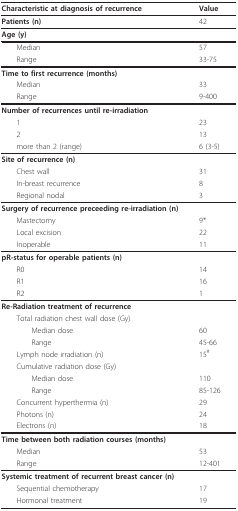
<table><thead><tr><td><b>Characteristic at diagnosis of recurrence</b></td><td><b>Value</b></td></tr></thead><tbody><tr><td><b>Patients (n)</b></td><td>42</td></tr><tr><td><b>Age (y)</b></td><td></td></tr><tr><td> Median</td><td>57</td></tr><tr><td> Range</td><td>33-75</td></tr><tr><td><b>Time to first recurrence (months)</b></td><td></td></tr><tr><td> Median</td><td>33</td></tr><tr><td> Range</td><td>9-400</td></tr><tr><td><b>Number of recurrences until re-irradiation</b></td><td></td></tr><tr><td> 1</td><td>23</td></tr><tr><td> 2</td><td>13</td></tr><tr><td> more than 2 (range)</td><td>6 (3-5)</td></tr><tr><td><b>Site of recurrence (n)</b></td><td></td></tr><tr><td> Chest wall</td><td>31</td></tr><tr><td> In-breast recurrence</td><td>8</td></tr><tr><td> Regional nodal</td><td>3</td></tr><tr><td><b>Surgery of recurrence preceeding re-irradiation (n)</b></td><td></td></tr><tr><td> Mastectomy</td><td>9*</td></tr><tr><td> Local excision</td><td>22</td></tr><tr><td> Inoperable</td><td>11</td></tr><tr><td><b>pR-status for operable patients (n)</b></td><td></td></tr><tr><td> R0</td><td>14</td></tr><tr><td> R1</td><td>16</td></tr><tr><td> R2</td><td>1</td></tr><tr><td><b>Re-Radiation treatment of recurrence</b></td><td></td></tr><tr><td> Total radiation chest wall dose (Gy)</td><td></td></tr><tr><td>Median dose</td><td>60</td></tr><tr><td>Range</td><td>45-66</td></tr><tr><td> Lymph node irradiation (n)</td><td>15<sup>#</sup></td></tr><tr><td> Cumulative radiation dose (Gy)</td><td></td></tr><tr><td>Median dose</td><td>110</td></tr><tr><td>Range</td><td>85-126</td></tr><tr><td> Concurrent hyperthermia (n)</td><td>29</td></tr><tr><td> Photons (n)</td><td>24</td></tr><tr><td> Electrons (n)</td><td>18</td></tr><tr><td><b>Time between both radiation courses (months)</b></td><td></td></tr><tr><td> Median</td><td>53</td></tr><tr><td> Range</td><td>12-401</td></tr><tr><td><b>Systemic treatment of recurrent breast cancer (n)</b></td><td></td></tr><tr><td> Sequential chemotherapy</td><td>17</td></tr><tr><td> Hormonal treatment</td><td>19</td></tr></tbody></table>